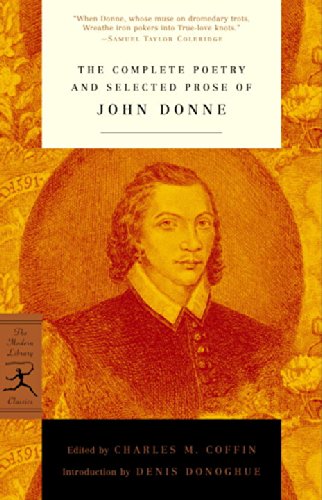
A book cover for The Complete Poetry and Selected Prose of John Donne (Modern Library Classics); John Donne; Literature & Fiction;